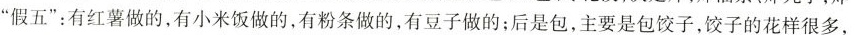
假五”有红薯做的，